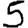
Digit: 5